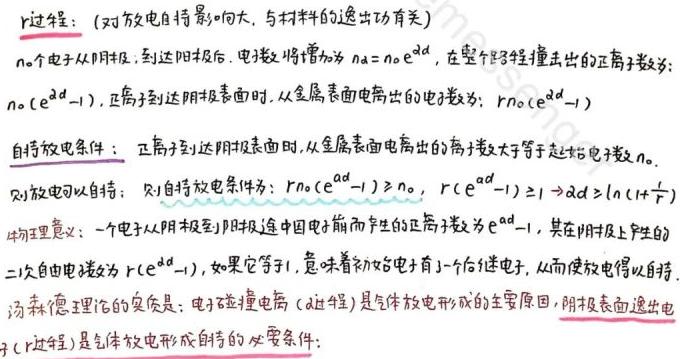
$r$过程：（对放电自持影响大，与材料的逸出功有关）

$n_0$个电子从阴极到达阳极后，电子数将增加为$n = n_0e^{\alpha d}$，在整个过程撞击出的正离子数为：$n_0(e^{\alpha d}-1)$，正离子到达阴极表面时，从金属表面电离出的电子数为：$rn_0(e^{\alpha d}-1)$

自持放电条件：正离子到达阴极表面时，从金属表面电离出的离子数大于等于起始电子数$n_0$。

则放电可以自持：则自持放电条件为：$rn_0(e^{\alpha d}-1)\geq n_0$，$r(e^{\alpha d}-1)\geq 1\Rightarrow \alpha d\geq \ln(1 + \frac{1}{r})$

物理意义：一个电子从阴极到阳极途中因电离而产生的正离子数为$e^{\alpha d}-1$，其在阴极上产生的二次自由电子数为$r(e^{\alpha d}-1)$，如果它等于1，意味着初始电子有1个后继电子，从而使放电得以自持。

汤森德理论的实质是：电子碰撞电离（$\alpha$过程）是气体放电形成的主要原因，阴极表面逸出电子（$r$过程）是气体放电形成自持的必要条件。